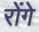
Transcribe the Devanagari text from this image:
रोंगे